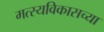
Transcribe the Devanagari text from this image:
मत्स्यविकासच्या